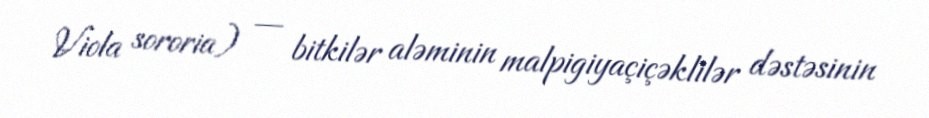
Viola sororia) — bitkilər aləminin malpigiyaçiçəklilər dəstəsinin